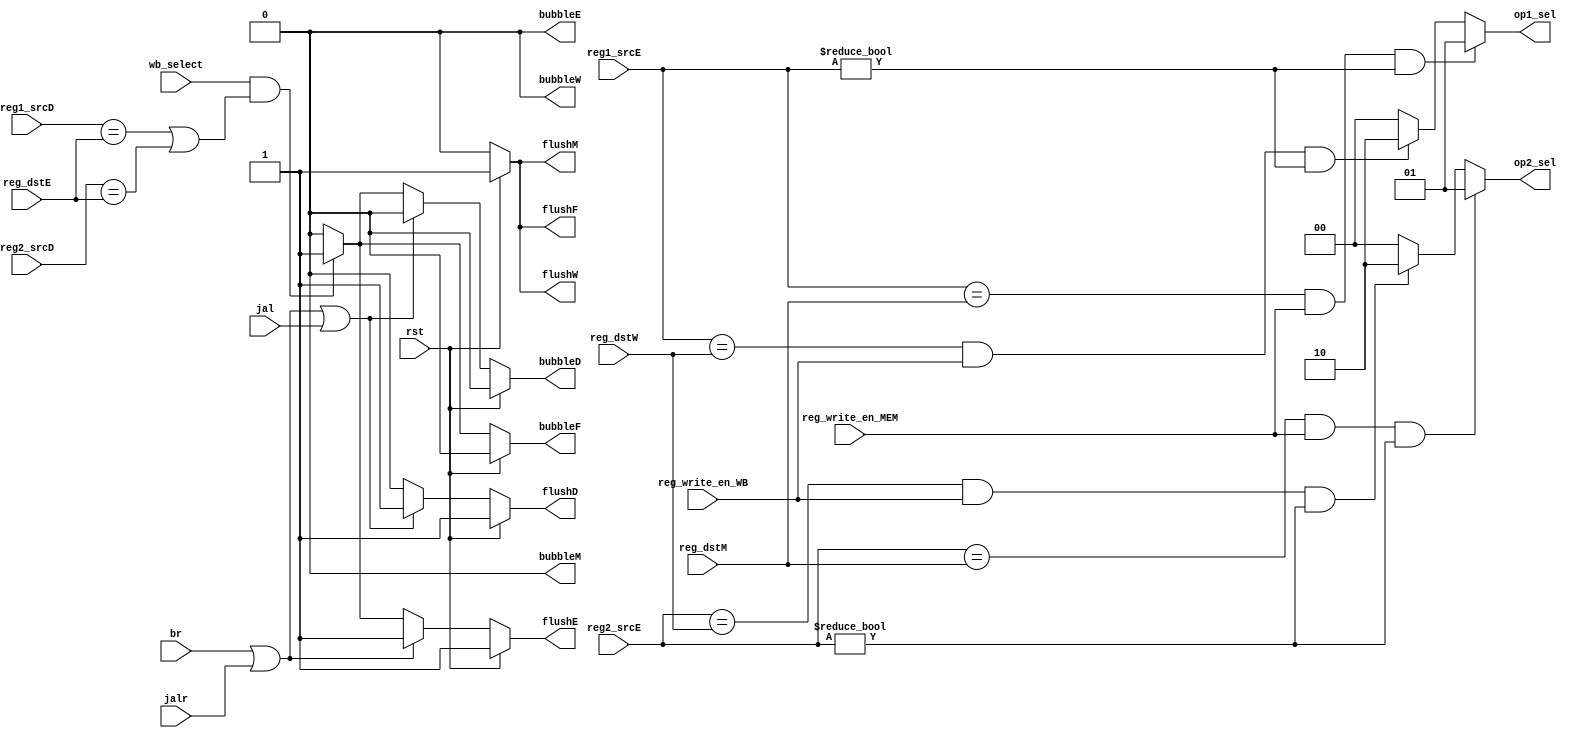
module HarzardUnit (
    input  wire       rst,
    input  wire [4:0] reg1_srcD,
    reg2_srcD,
    reg1_srcE,
    reg2_srcE,
    reg_dstE,
    reg_dstM,
    reg_dstW,
    input  wire       br,
    jalr,
    jal,
    input  wire       wb_select,
    input  wire       reg_write_en_MEM,
    input  wire       reg_write_en_WB,
    output reg        flushF,
    bubbleF,
    flushD,
    bubbleD,
    flushE,
    bubbleE,
    flushM,
    bubbleM,
    flushW,
    bubbleW,
    output reg  [1:0] op1_sel,
    op2_sel
);

  // TODO: Complete this module


  // generate op1_sel
  always @(*) begin
    if (reg1_srcE == reg_dstM && reg_write_en_MEM == 1 && reg1_srcE != 0) begin
      // mem to ex forwarding, mem forwarding first
      op1_sel = 2'b01;
    end else if (reg1_srcE == reg_dstW && reg_write_en_WB == 1 && reg1_srcE != 0) begin
      // wb to ex forwarding
      op1_sel = 2'b10;
    end else begin
      op1_sel = 2'b00;
    end
  end

  // generate bubbleM and flushM
  always @(*) begin
    if (rst) begin
      bubbleM = 0;
      flushM  = 1;
    end else begin
      bubbleM = 0;
      flushM  = 0;
    end
  end

  /* FIXME: Write your code here... */
  // generate op2_sel
  always @(*) begin
    if (reg2_srcE == reg_dstM && reg_write_en_MEM == 1 && reg2_srcE != 0) begin
      // mem to ex forwarding, mem forwarding first
      op2_sel = 2'b01;
    end else if (reg2_srcE == reg_dstW && reg_write_en_WB == 1 && reg2_srcE != 0) begin
      // wb to ex forwarding
      op2_sel = 2'b10;
    end else begin
      op2_sel = 2'b00;
    end
  end

  // generate bubbleD and flushD
  always @(*) begin
    if (rst) begin
      bubbleD = 0;
      flushD  = 1;
    end else if (br || jalr || jal) begin
      bubbleD = 0;
      flushD  = 1;
    end else if (wb_select == 1 && (reg1_srcD == reg_dstE || reg2_srcD == reg_dstE)) begin
      bubbleD = 1;
      flushD  = 0;
    end else begin
      bubbleD = 0;
      flushD  = 0;
    end
  end

  // generate bubbleE and flushE
  always @(*) begin
    if (rst) begin
      bubbleE = 0;
      flushE  = 1;
    end else if (br || jalr) begin
      bubbleE = 0;
      flushE  = 1;
    end else if (wb_select == 1 && (reg1_srcD == reg_dstE || reg2_srcD == reg_dstE)) begin
      bubbleE = 0;
      flushE  = 1;
    end else begin
      bubbleE = 0;
      flushE  = 0;
    end
  end

  // generate bubbleF and flushF
  always @(*) begin
    if (rst) begin
      bubbleF = 0;
      flushF  = 1;
    end else if (wb_select == 1 && (reg1_srcD == reg_dstE || reg2_srcD == reg_dstE)) begin
      bubbleF = 1;
      flushF  = 0;
    end else begin
      bubbleF = 0;
      flushF  = 0;
    end
  end

  // generate bubbleW and flushW
  always @(*) begin
    if (rst) begin
      bubbleW = 0;
      flushW  = 1;
    end else begin
      bubbleW = 0;
      flushW  = 0;
    end
  end

endmodule